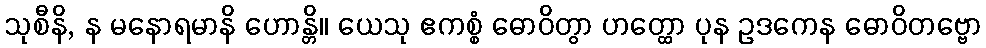
သုစီနိ, န မနောရမာနိ ဟောန္တိ။ ယေသု ဧကစ္စံ ဓောဝိတွာ ဟတ္ထော ပုန ဥဒကေန ဓောဝိတဗ္ဗော